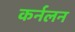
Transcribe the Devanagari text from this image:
कर्नलन